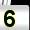
Digit: 5